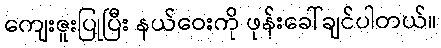
ကျေးဇူးပြုပြီး နယ်ဝေးကို ဖုန်းခေါ်ချင်ပါတယ်။